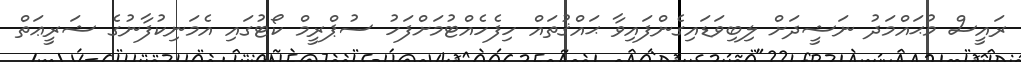
ރައީސް މުޙައްމަދު ނަޝީދަށް ލިބިވަޑައިގެންފައިވާ ޙައްޤުތައް ހިފެހެއްޓުމަށްފަހު ސުޕްރީމް ކޯޓުގައި އެމަނިކުފާނުގެ ޝަރީޢަތް